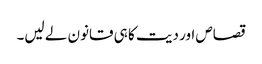
قصاص اور دیت کا ہی قانون لے لیں۔